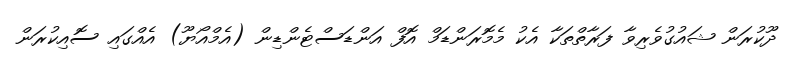
ދޫކުރަން ޝައުގުވެރިވާ ފަރާތްތަކާ އެކު މެމޮރަންޑަމް އޮފް އަންޑަސްޓެންޑިން (އެމްއޯޔޫ) އެއްގައި ސޮއިކުރަން